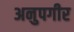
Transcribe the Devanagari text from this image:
अनुपगीर